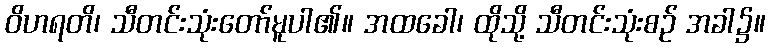
ဝိဟရတိ၊ သီတင်းသုံးတော်မူပါ၏။ အထခေါ၊ ထိုသို့ သီတင်းသုံးစဉ် အခါ၌။